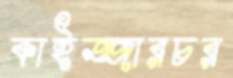
কাইজ্জারচর